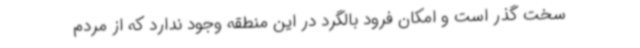
سخت گذر است و امکان فرود بالگرد در این منطقه وجود ندارد که از مردم